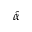
\hat { \alpha }